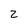
Character: 2